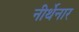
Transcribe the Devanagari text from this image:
नीर्थेनार